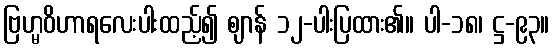
ဗြဟ္မဝိဟာရလေးပါးထည့်၍ ဈာန် ၁၂-ပါးပြထား၏။ ပါ-၁၈၊ ဋ္ဌ-၉၃။